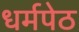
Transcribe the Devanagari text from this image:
धर्मपेठ